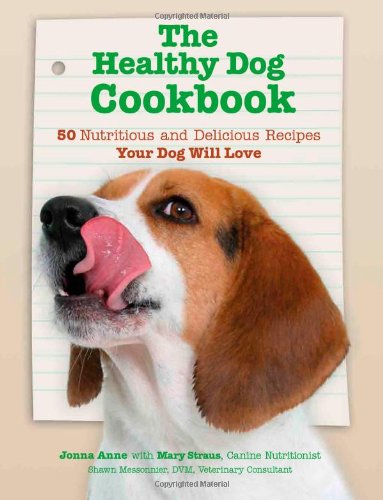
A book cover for The Healthy Dog Cookbook: 50 Nutritious & Delicious Recipies Your Dog Will Love; Jonna Anne; Crafts, Hobbies & Home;